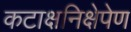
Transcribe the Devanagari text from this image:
कटाक्षनिक्षेपेण